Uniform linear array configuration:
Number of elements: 8
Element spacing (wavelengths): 0.75
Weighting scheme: blackman
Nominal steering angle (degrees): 45
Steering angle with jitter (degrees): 44.53
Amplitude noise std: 0.05
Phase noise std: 0.05

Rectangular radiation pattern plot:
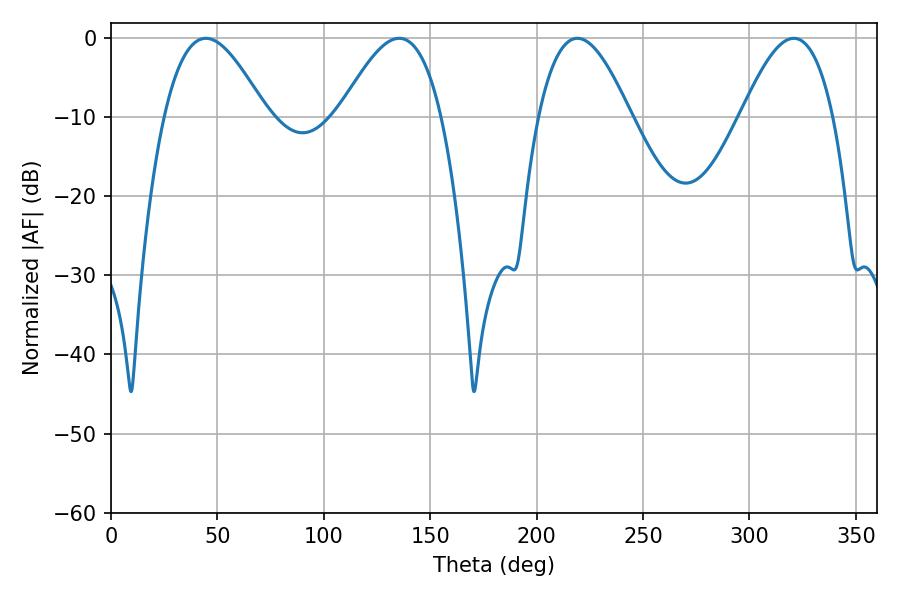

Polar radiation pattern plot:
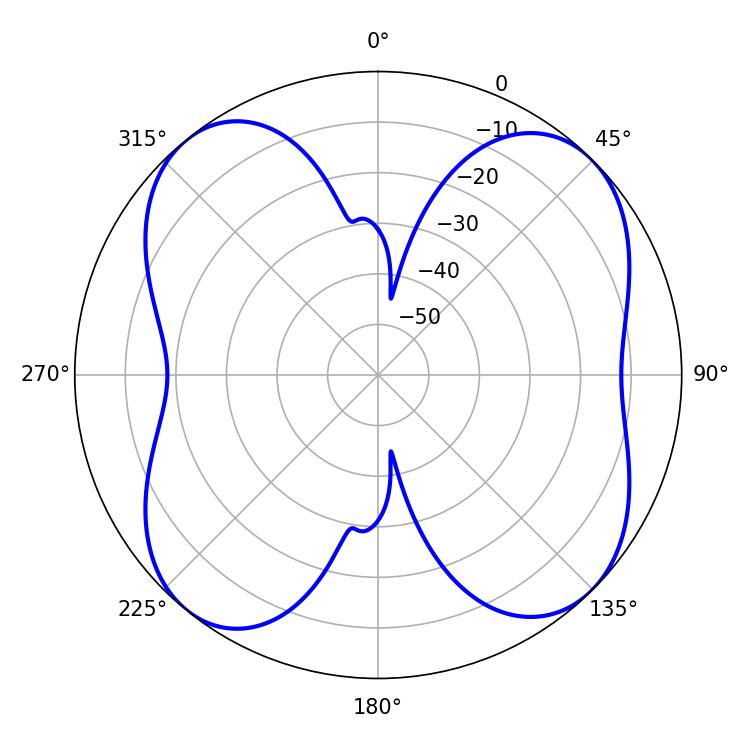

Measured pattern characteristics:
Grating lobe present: TRUE
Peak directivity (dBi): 11.279
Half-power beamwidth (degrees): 25.92
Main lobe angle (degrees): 44.64